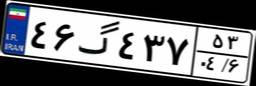
۱۷گ۲۰۶۱۶